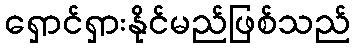
ရှောင်ရှားနိုင်မည်ဖြစ်သည်